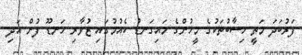
ފަރުބަދަ މަތީ ހިސާބުތަކުގެ މީހުންގެ މައިގަނޑު ކެއުމުގައި ޒުވާރި ހަނޑޫ ފުށް އަދި